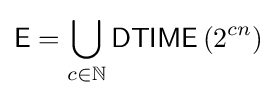
{\textsf {E}}=\bigcup _{c\in \mathbb {N} }{\textsf {DTIME}}\left(2^{cn}\right)